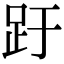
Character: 趶